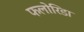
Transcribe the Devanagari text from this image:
फलोरिडा